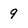
Character: 9